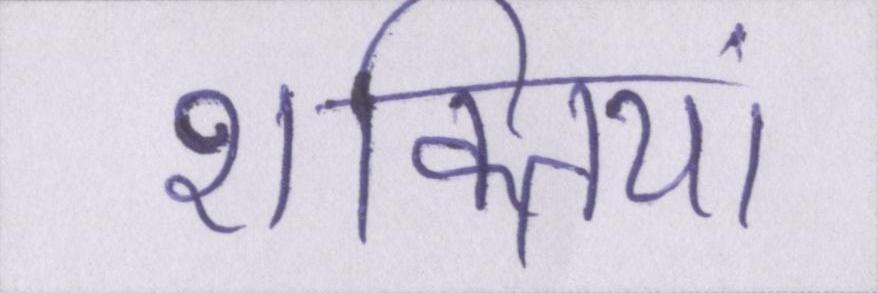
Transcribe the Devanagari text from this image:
शक्तियां